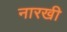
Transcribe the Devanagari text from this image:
नारखी